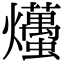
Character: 爡